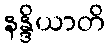
နန္ဒိယာတိ